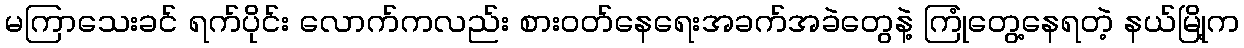
မကြာသေးခင် ရက်ပိုင်း လောက်ကလည်း စားဝတ်နေရေးအခက်အခဲတွေနဲ့ ကြုံတွေ့နေရတဲ့ နယ်မြို့က